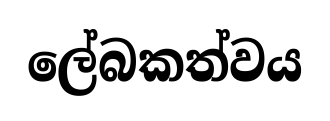
ලේබකත්වය